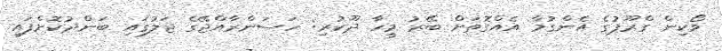
ވޯކިން ގްރޫޕުގެ އެންގުމާ އެއްގޮތަށް ބޭރު މީހާ ދޫކުރި: ހަސަންރާއްޖޭގެ ޖަލުގައި ބަންދުކޮށްފައި